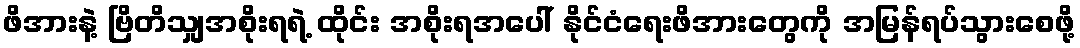
ဖိအားနဲ့ ဗြိတိသျှအစိုးရရဲ့ ထိုင်း အစိုးရအပေါ် နိုင်ငံရေးဖိအားတွေကို အမြန်ရပ်သွားစေဖို့